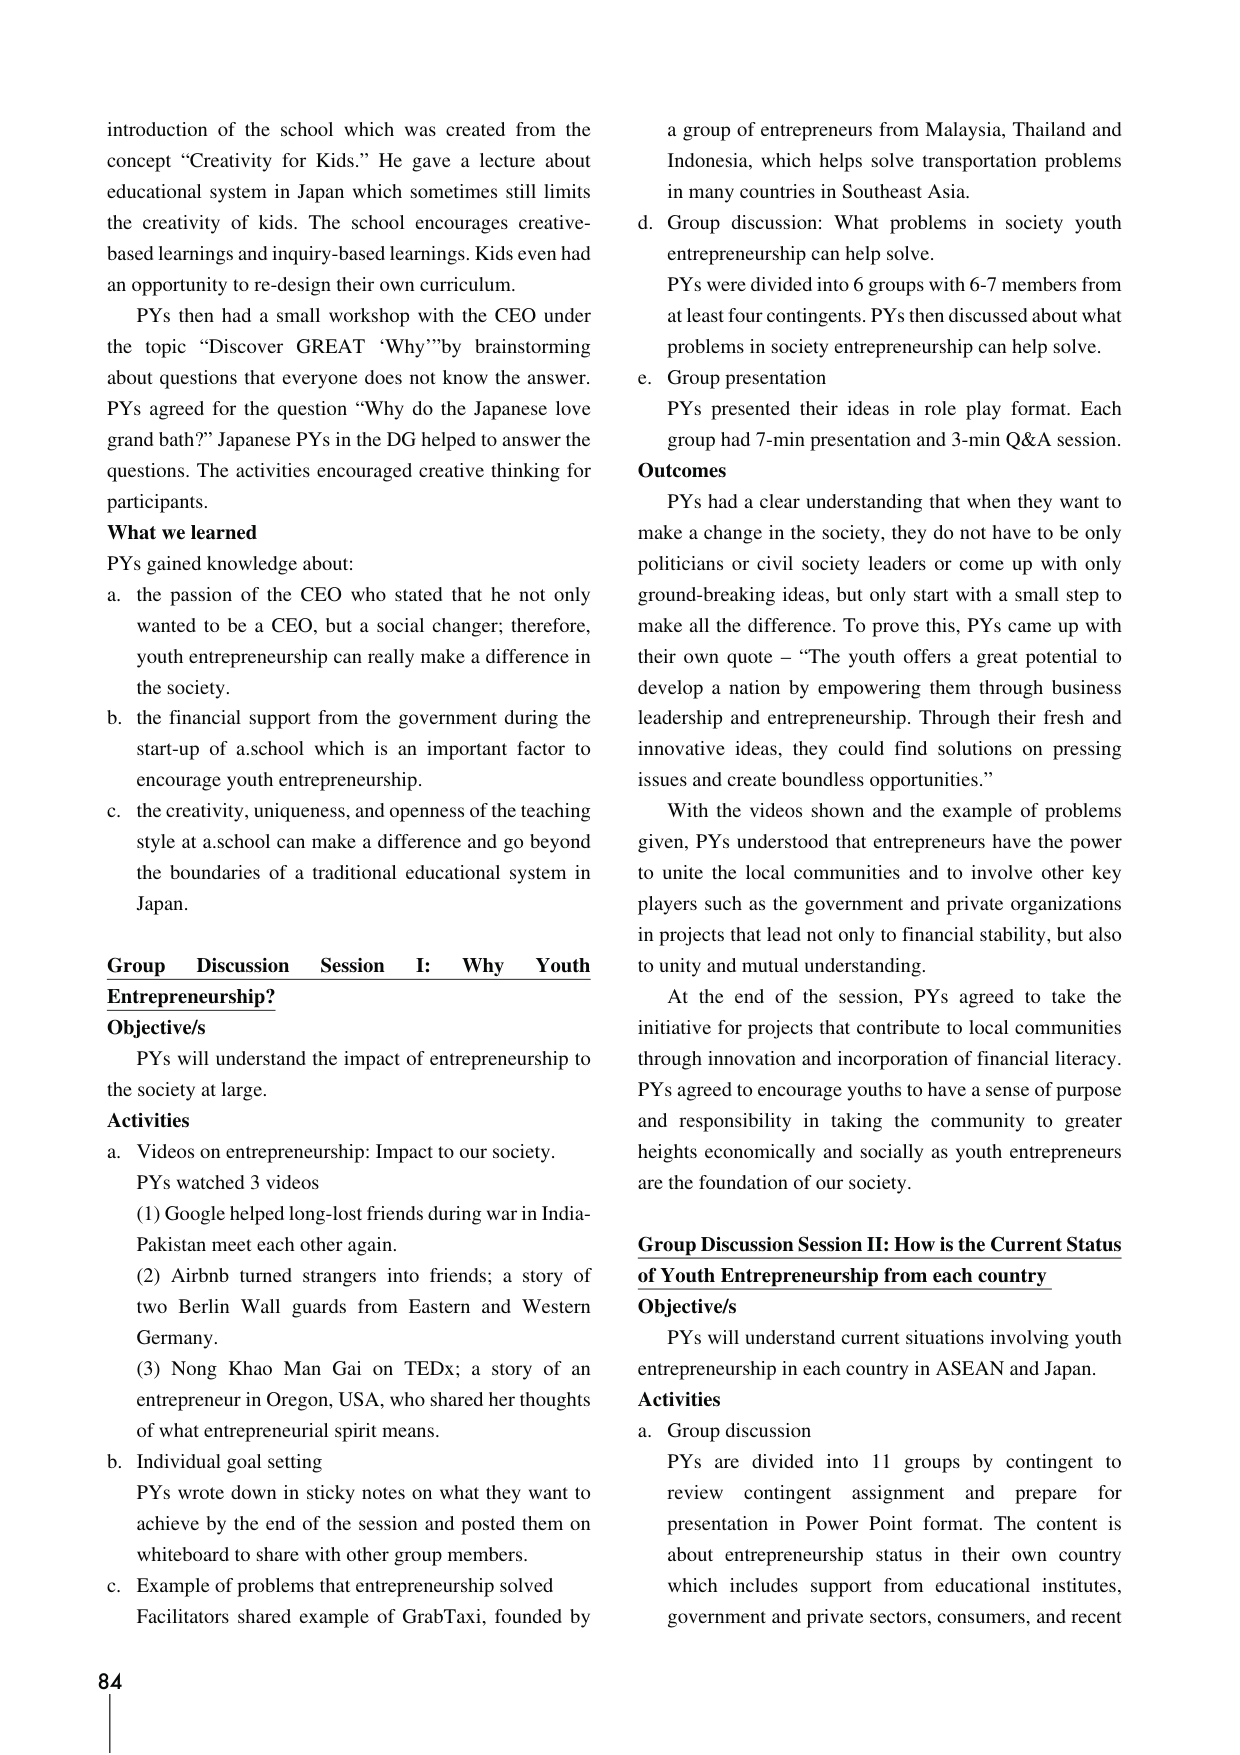
introduction of the school which was created from the concept “Creativity for Kids.” He gave a lecture about educational system in Japan which sometimes still limits the creativity of kids. The school encourages creative-based learnings and inquiry-based learnings. Kids even had an opportunity to re-design their own curriculum.

PYs then had a small workshop with the CEO under the topic “Discover GREAT ‘Why’” by brainstorming about questions that everyone does not know the answer. PYs agreed for the question “Why do the Japanese love grand bath?” Japanese PYs in the DG helped to answer the questions. The activities encouraged creative thinking for participants.

What we learned
PYs gained knowledge about:
a. the passion of the CEO who stated that he not only wanted to be a CEO, but a social changer; therefore, youth entrepreneurship can really make a difference in the society.
b. the financial support from the government during the start-up of a school which is an important factor to encourage youth entrepreneurship.
c. the creativity, uniqueness, and openness of the teaching style at a school can make a difference and go beyond the boundaries of a traditional educational system in Japan.

Group Discussion Session I: Why Youth Entrepreneurship?
Objective/s
PYs will understand the impact of entrepreneurship to the society at large.

Activities
a. Videos on entrepreneurship: Impact to our society.
PYs watched 3 videos
(1) Google helped long-lost friends during war in India-Pakistan meet each other again.
(2) Airbnb turned strangers into friends; a story of two Berlin Wall guards from Eastern and Western Germany.
(3) Nong Khao Man Gai on TEDx; a story of an entrepreneur in Oregon, USA, who shared her thoughts of what entrepreneurial spirit means.
b. Individual goal setting
PYs wrote down in sticky notes on what they want to achieve by the end of the session and posted them on whiteboard to share with other group members.
c. Example of problems that entrepreneurship solved
Facilitators shared example of GrabTaxi, founded by a group of entrepreneurs from Malaysia, Thailand and Indonesia, which helps solve transportation problems in many countries in Southeast Asia.
d. Group discussion: What problems in society youth entrepreneurship can help solve.
PYs were divided into 6 groups with 6-7 members from at least four contingents. PYs then discussed about what problems in society entrepreneurship can help solve.
e. Group presentation
PYs presented their ideas in role play format. Each group had 7-min presentation and 3-min Q&A session.

Outcomes
PYs had a clear understanding that when they want to make a change in the society, they do not have to be only politicians or civil society leaders or come up with only ground-breaking ideas, but only start with a small step to make all the difference. To prove this, PYs came up with their own quote – “The youth offers a great potential to develop a nation by empowering them through business leadership and entrepreneurship. Through their fresh and innovative ideas, they could find solutions on pressing issues and create boundless opportunities.”

With the videos shown and the example of problems given, PYs understood that entrepreneurs have the power to unite the local communities and to involve other key players such as the government and private organizations in projects that lead not only to financial stability, but also to unity and mutual understanding.

At the end of the session, PYs agreed to take the initiative for projects that contribute to local communities through innovation and incorporation of financial literacy. PYs agreed to encourage youths to have a sense of purpose and responsibility in taking the community to greater heights economically and socially as youth entrepreneurs are the foundation of our society.

Group Discussion Session II: How is the Current Status of Youth Entrepreneurship from each country
Objective/s
PYs will understand current situations involving youth entrepreneurship in each country in ASEAN and Japan.

Activities
a. Group discussion
PYs are divided into 11 groups by contingent to review contingent assignment and prepare for presentation in Power Point format. The content is about entrepreneurship status in their own country which includes support from educational institutes, government and private sectors, consumers, and recent

84